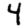
Digit: 4